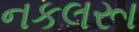
નકલરૂા